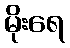
မိုးရေ